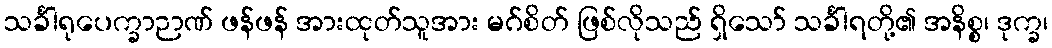
သင်္ခါရုပေက္ခာဉာဏ် ဖန်ဖန် အားထုတ်သူအား မဂ်စိတ် ဖြစ်လိုသည် ရှိသော် သင်္ခါရတို့၏ အနိစ္စ၊ ဒုက္ခ၊